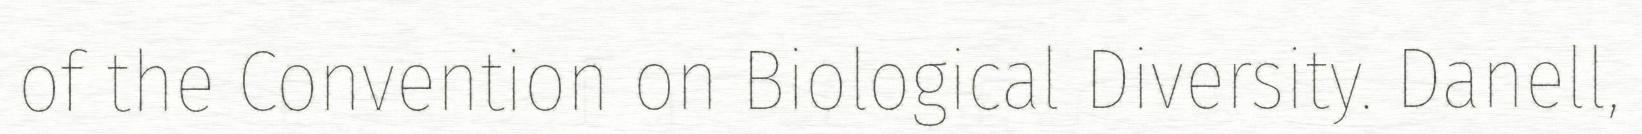
of the Convention on Biological Diversity. Danell,